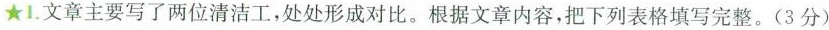
★1.文章主要写了两位清洁工，处处形成对比。根据文章内容，把下列表格填写完整。（3分）